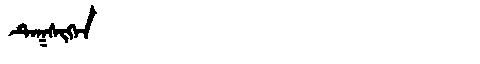
Manchu: ᡨᡝᡴᠰᡳᡴᡝᠨ
Romanization: TEKSIKEN